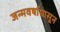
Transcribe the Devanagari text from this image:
जन्मवर्षापासून